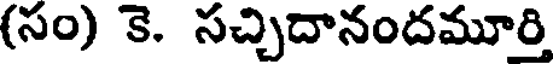
(సం) కె. సచ్చిదానందమూర్తి